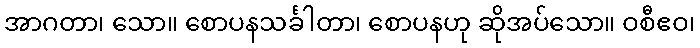
အာဂတာ၊ သော။ စောပနသင်္ခါတာ၊ စောပနဟု ဆိုအပ်သော။ ဝစီဧဝ၊